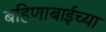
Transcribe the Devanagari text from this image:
बहिणाबाईच्‍या